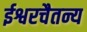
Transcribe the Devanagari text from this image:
ईश्वरचैतन्य